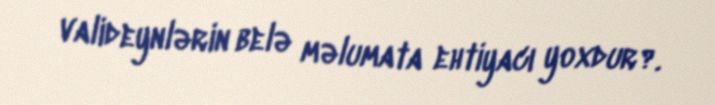
valideynlərin belə məlumata ehtiyacı yoxdur?.